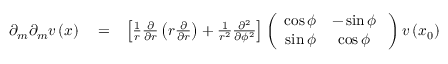
\begin{array} { r l r } { \partial _ { m } \partial _ { m } \boldsymbol { v } \left( \boldsymbol { x } \right) } & { { } = } & { \left[ \frac { 1 } { r } \frac { \partial } { \partial r } \left( r \frac { \partial } { \partial r } \right) + \frac { 1 } { r ^ { 2 } } \frac { \partial ^ { 2 } } { \partial \phi ^ { 2 } } \right] \left( \begin{array} { c c } { \cos \phi } & { - \sin \phi } \\ { \sin \phi } & { \cos \phi } \end{array} \; \right) \boldsymbol { v } \left( \boldsymbol { x } _ { 0 } \right) } \end{array}